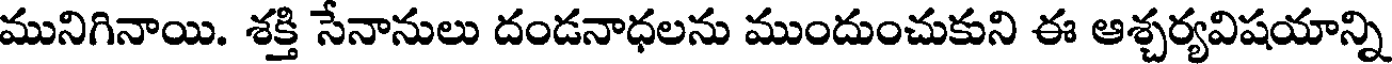
మునిగినాయి. శక్తి సేనానులు దండనాధలను ముందుంచుకుని ఈ ఆశ్చర్యవిషయాన్ని